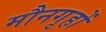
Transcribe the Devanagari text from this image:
मौनगृहों